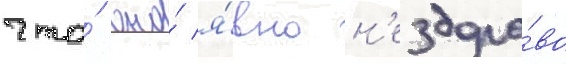
что́ оно́ я́вно н'ездоро́во